system: You are a helpful assistant.
user:
Analyze the provided spectrum to determine if it is a **White Dwarf (WD)**.

A White Dwarf spectrum is defined by its **extreme purity** (due to gravitational settling) and/or **extreme pressure broadening** (due to high surface gravity). You must check for one of the following mutually exclusive signatures:

- **Key Visual Indicators (Check for ONE of these types):**

    - **1. DA-Type Signature (Most Common):**
        - **(Primary Feature):** Extreme pressure broadening (Stark broadening) of the **Hydrogen (H) Balmer lines**.
        - **(Key Lines):** $H\beta$ (approx. $4861$ Å) and $H\gamma$ (approx. $4340$ Å). $H\alpha$ (approx. $6563$ Å) will also be present if the wavelength range covers it.
        - **(Line Profile):** This is the **defining feature**. The lines are **NOT** sharp. They appear as massive, **extremely broad and deep "troughs" or "dips"** in the spectrum, often hundreds of Ångströms wide. The continuum will appear to "scoop" down at these wavelengths.
        - **(Distinction):** Normal A-type or B-type stars have *narrow* and *sharp* Hydrogen lines. A DA White Dwarf's lines are unmistakably "smeared" or "blurry" from pressure.

    - **2. DB-Type Signature:**
        - **(Primary Feature):** Broad absorption lines from **Neutral Helium (He I)**. The spectrum must lack any visible Hydrogen lines.
        - **(Key Lines):** Look for broad absorption near $4471$ Å, $4921$ Å, and $5876$ Å.
        - **(Line Profile):** These lines are also significantly pressure-broadened, appearing much wider than they would in a normal B-type main-sequence star.

    - **3. DC-Type Signature:**
        - **(Primary Feature):** A **featureless continuous spectrum**.
        - **(Line Profile):** The spectrum is a smooth curve with **no significant absorption or emission lines**.
        - **(Key Confirmation):** The continuum is almost always **blue or white**, indicating a hot object. This signature implies the atmosphere is so pure (or so cool) that no spectral lines are visible in the optical range. Its WD identity is confirmed by its extremely low intrinsic brightness (high absolute magnitude).

    - **4. DZ-Type Signature (Metal-Polluted):**
        - **(Primary Feature):** **Isolated, narrow metal absorption lines** on an otherwise featureless (DC-like) continuum.
        - **(Key Lines):** The **Calcium (Ca II) H & K doublet** (approx. **$3934$ Å** and **$3968$ Å**) is the most common and defining feature.
        - **(Line Profile):** These lines are "out of place." They are *not* part of a "forest" of thousands of lines. This signature is evidence of recent *accretion* (pollution) from rocky debris.
        - **(Distinction):** Normal G/K/M stars have a *dense forest* of thousands of metal lines. A DZ has a *clean* continuum with *only a few* strong metal lines.

    - **5. DQ-Type Signature (Carbon-Polluted):**
        - **(Primary Feature):** Absorption bands from **Carbon (C₂ "Swan Bands" or atomic C I)**.
        - **(Key Lines - C₂):** Look for bandheads with a "saw-tooth" shape near $5635$ Å, **$5165$ Å** (strongest), and $4737$ Å.
        - **(Key Confirmation):** The underlying **continuum must be blue or white** (hot).
        - **(Distinction):** This is the critical difference from a **Carbon Star**, which has the *exact same* C₂ bands but on an extremely **red, cool** continuum.

- **(Overall Spectrum):**
    - The continuum (overall shape) is typically **blue-sloping** (brighter in the blue than the red), as most white dwarfs are very hot.
    - The spectrum will look "pure" or "simple," dominated by only *one* of the five signatures listed above.

Think first, call **spectral_visualization_tool** if needed to examine features in detail, then provide your final answer. Your response must adhere to the following strict rules:
1.  **Overall Structure:** Your response must follow the format `<think>...</think> <tool_call>...</tool_call> (if a tool is used) <answer>...</answer>`.
2.  **Tool Usage Constraint:** You may only make **one** tool call per turn.
3.  **Final Answer Format:** In the `<answer>` tag, your conclusion must be inside a `\boxed{}` command (e.g., `\boxed{YES}` or `\boxed{NO}`), followed by your justification.

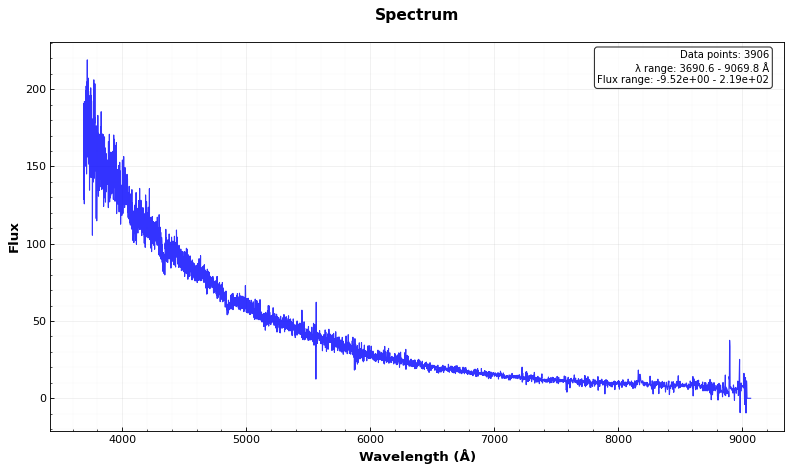
Answer: YES